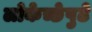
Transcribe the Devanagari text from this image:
लोकेच्छेपुढे